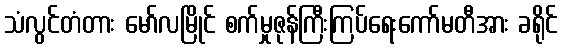
သံလွင်တံတား မော်လမြိုင် စက်မှုဇုန်ကြီးကြပ်ရေးကော်မတီအား ခရိုင်